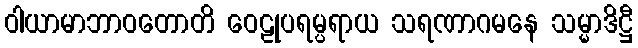
ဝါယာမာဘာဝတောတိ ဝေဠုပရမ္ပရာယ သရဏာဂမနေ သမ္မာဒိဋ္ဌီ